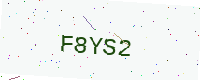
Text: F8YS2